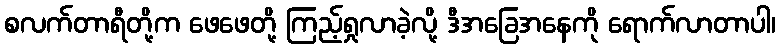
စလက်တာရီတို့က ဖေဖေတို့ ကြည့်ရှုလာခဲ့လို့ ဒီအခြေအနေကို ရောက်လာတာပါ၊